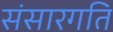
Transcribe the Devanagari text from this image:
संसारगति